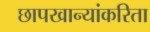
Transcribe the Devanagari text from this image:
छापखान्यांकरिता